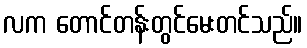
လက တောင်တန်းတွင်မေးတင်သည်။